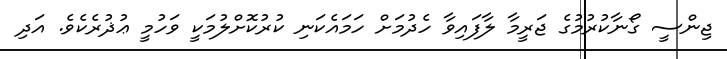
ޖިންސީ ގޯނާކުރުމުގެ ޖަރީމާ ލާފައިވާ ހެދުމަށް ހަމައެކަނި ކުރުކޮށްލުމަކީ ވަހުމީ ޢުޛުރެކެވެ. އަދި